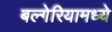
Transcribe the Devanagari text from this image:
बल्गेरियामध्ये